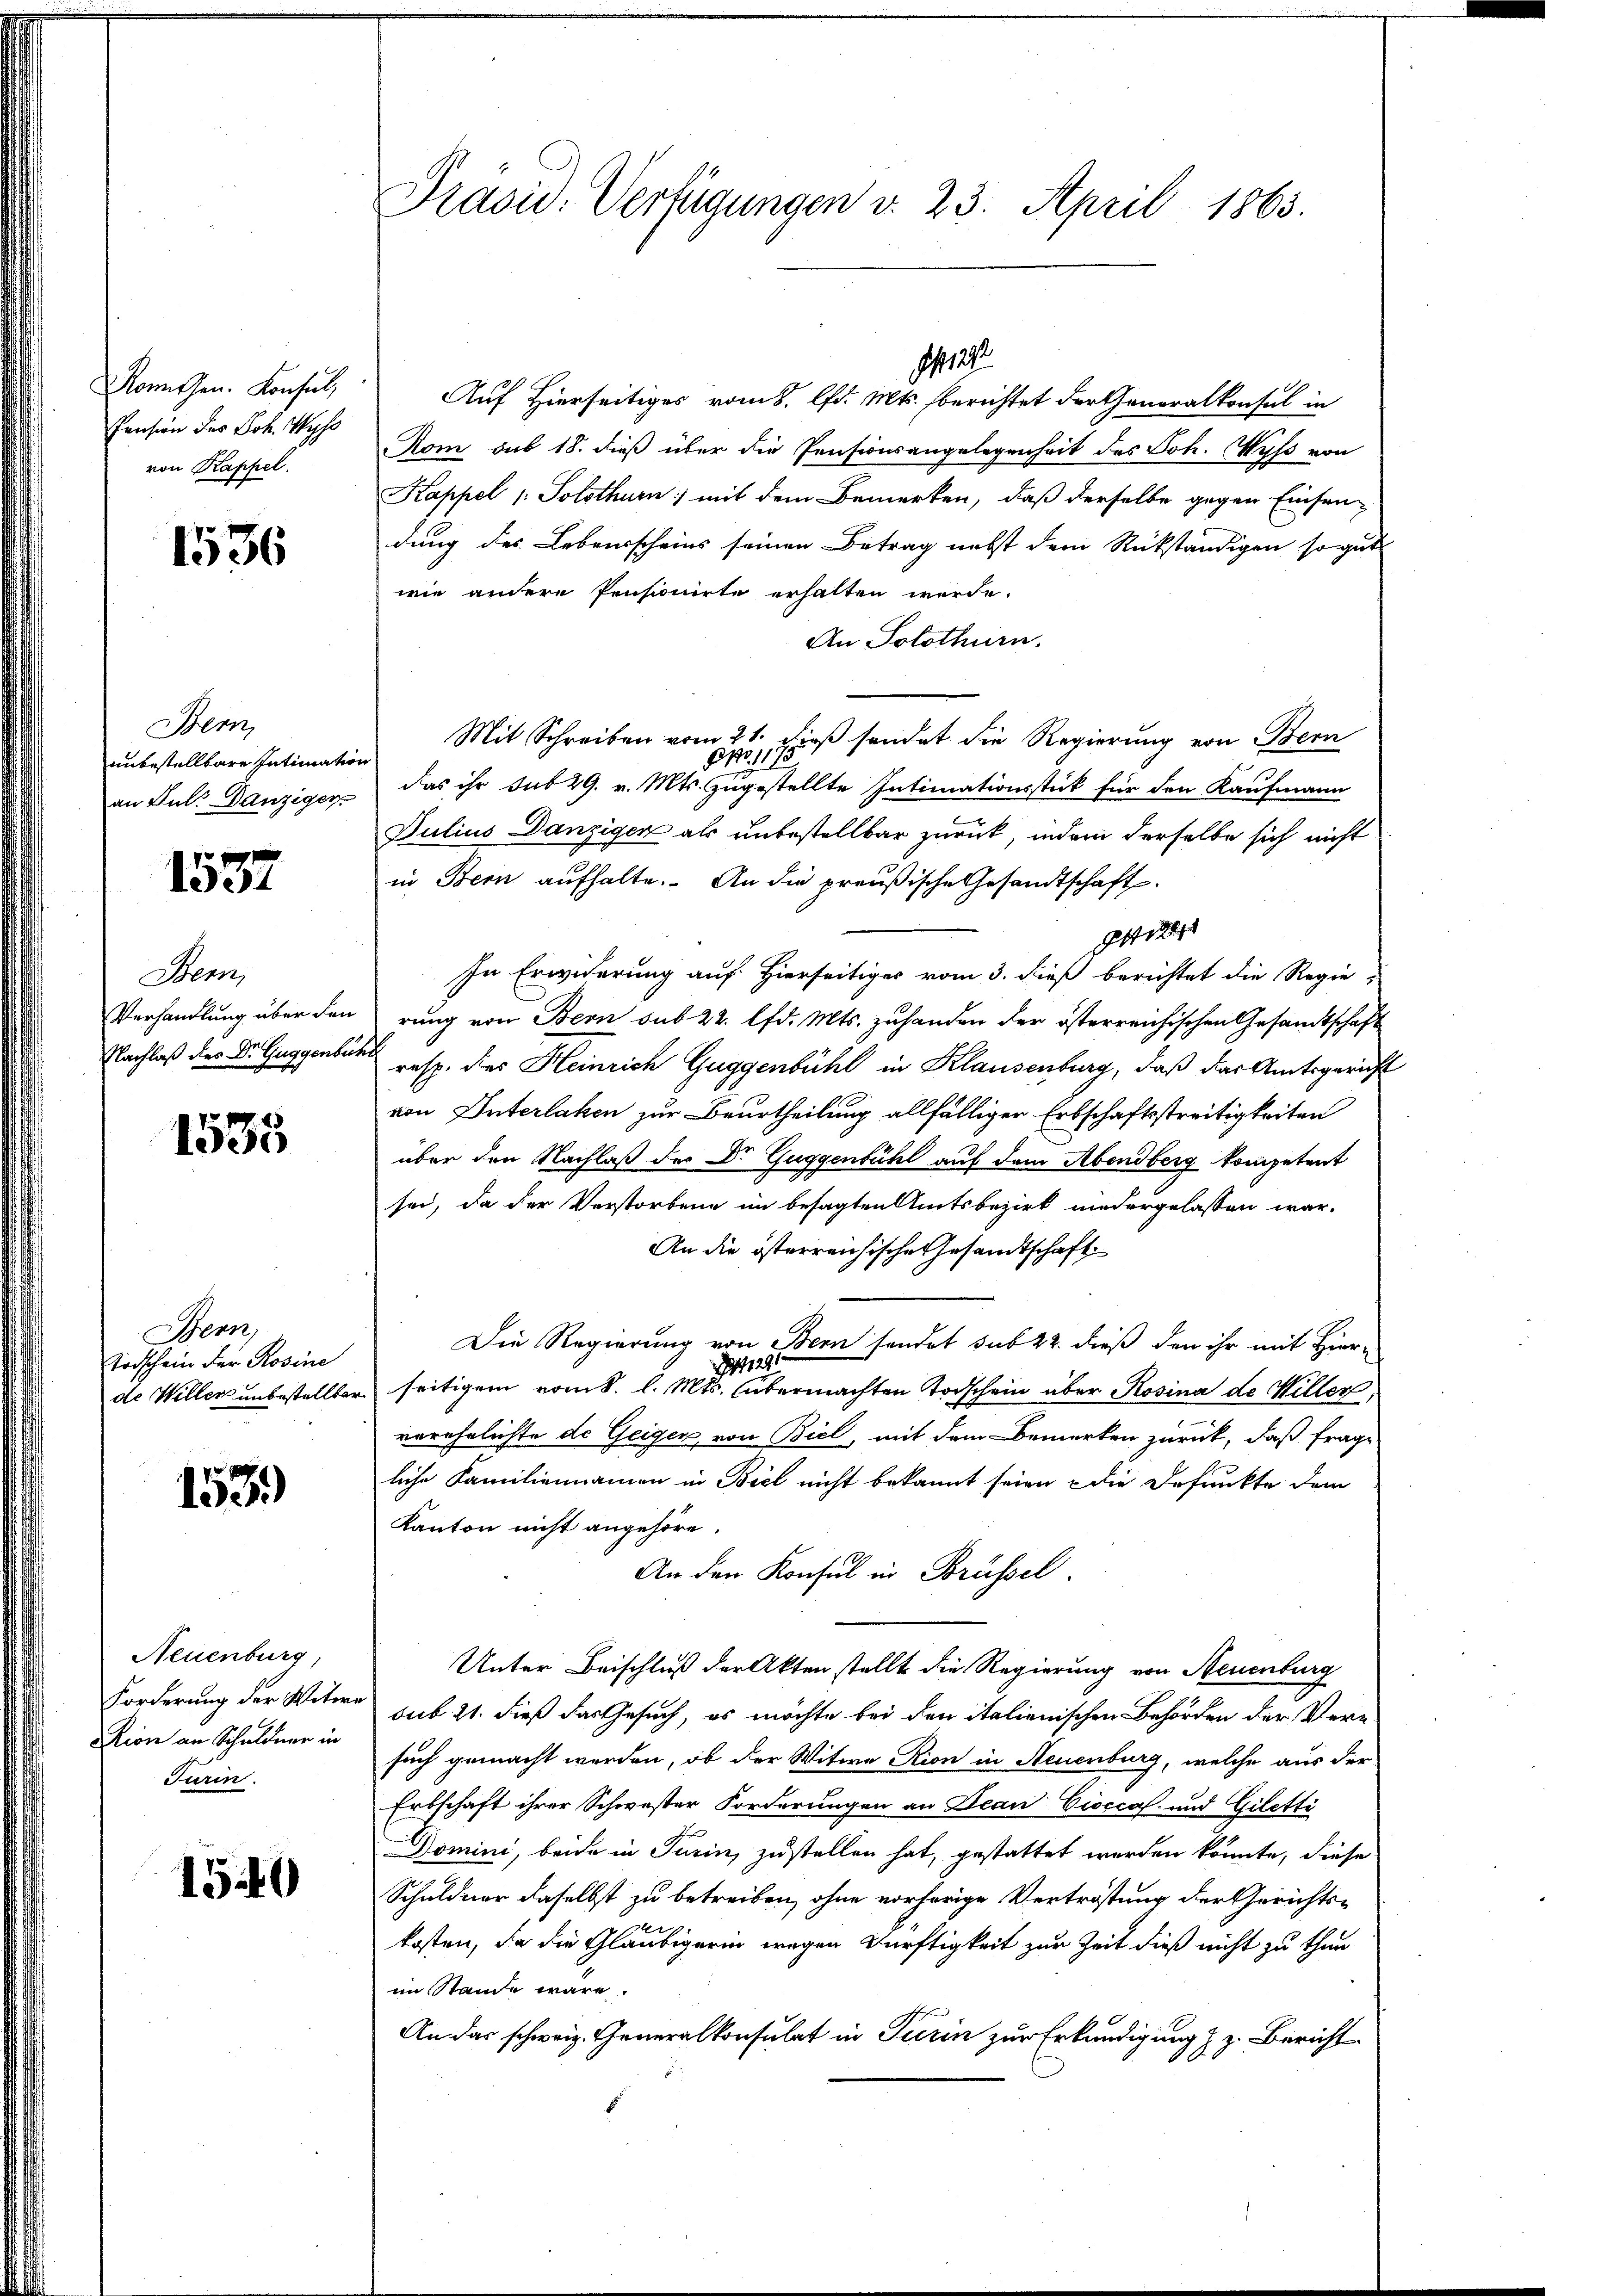
onthen. Konsul,
Pension des Joh. Wyss
von Kappel.

1536

Bern,
unbestellbare Intimation
an Jul. Danziger

1537

Stern,
Verhandlung über den
Nachlaß des Dr. Guggenbür

1535

Bern,
Todschein der Rosine
de Willer unbestellbar

153)

Neuenburg,
Forderung der Witwe
Kion an Schuldner in
Furin.

1540

Präsid. Verfügungen v. 23. April 1863.

Auf Hierseitiges vom 8. lfd. Mts. berichtet der Generalkonsul in
Rom sub 18. dieß über die Pensionsangelegenheit des Joh. Wyß von
Kappel 1. Solothurn, mit dem Bemerken, daß derselbe gegen Einsen-
dung des Lebensscheins seinen Betrag nebst dem Rückständigen so gut
wie andere Pensionirte erhalten werde.
An Solothurn.
Mit Schreiben vom 21. dieβ sendet die Regierung von Bern
 No. 111
das ihr sub 29. v. Mts. zugestellte Intimationsstück für den Kaufmann
Julius Danziger als unbestellbar zurück, indem derselbe sich nicht
in Bern aufhalte. An die preußische Gesandtschaft
git der
In Erwiderung auf Hierseitiges vom 3. dieß berichtet die Regie-
rung von Bern sub 22. lfd. Mts. zuhanden der österreichischen Gesandtschaft
resp. des Heinrich Guggenbühl in Klausenburg, daß das Amtsgericht
von Unterlaken zur Beurtheilung allfälliger Erbschaftsstreitigkeiten
über den Nachlaß der Dr Guggenbühl auf dem Abendberg kompetent
sei, da der Verstorbene im besagten Amtsbezirk niedergelassen war.
An die österreichische Gesandtschaft
Die Regierung von Bern sendet sub 22. dieß den ihr mit Hier-
1129
seitigem vom 8. l. Mts. übermachten Todschein über Rosina de Willer,
verehelichte de Geigen von Biel, mit dem Bemerken zurück, daß frage
liche Familiennamen in Biel nicht bekannt seien die Defunkte dem
Kanton nicht angehöre.
An den Konsul in Brüssel.
Unter Beischluß der Akten stellt die Regierung von Neuenburg
sub. 21. dieß das Gesuch, es möchte bei den italienischen Behörden der Versuch gemacht werden, ob der Witwe Rion in Steuenburg, welche aus der
Erbschaft ihrer Schwester Forderungen an Jean Cioccas- und Giletti
Domini, beide in Turin zustellen hat, gestattet worden könnte, diese
Schuldner daselbst zu betreiben, ohne vorherige Vertröstung der Gerichts-
kosten, da die Gläubigerin wegen Dürftigkeit zur Zeit dieß nicht zu thun.
im Stande wäre.
An das schweiz. Generalkonsulat in Turin zur Erkundigung z. Z. Bericht

11272.